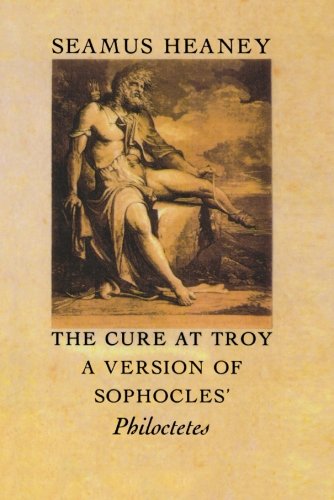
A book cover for The Cure at Troy: A Version of Sophocles' Philoctetes; Seamus Heaney; Literature & Fiction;